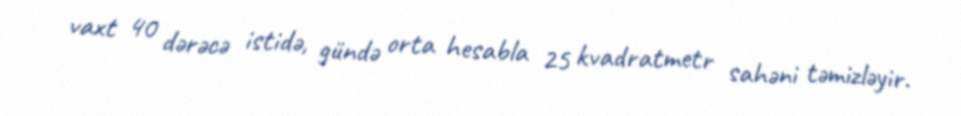
vaxt 40 dərəcə istidə, gündə orta hesabla 25 kvadratmetr sahəni təmizləyir.